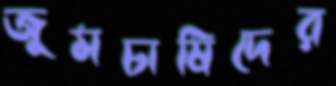
জুমচাষিদের